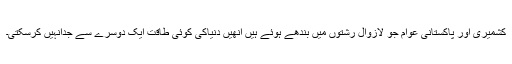
کشمیری اور پاکستانی عوام جو لازوال رشتوں میں بندھے ہوئے ہیں انھیں دنیاکی کوئی طاقت ایک دوسرے سے جدانہیں کرسکتی۔